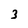
Character: 3